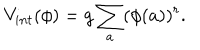
V _ { i n t } ( \phi ) = g \sum _ { a } ( \phi ( a ) ) ^ { r } .